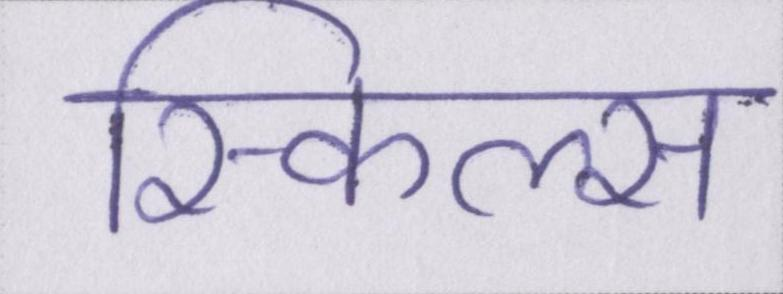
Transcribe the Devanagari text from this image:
स्किल्स